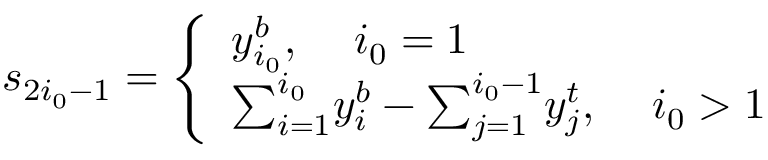
s _ { 2 i _ { 0 } - 1 } = \left\{ \begin{array} { l l } { y _ { i _ { 0 } } ^ { b } , \; \; \; \ i _ { 0 } = 1 } \\ { { \textstyle \sum _ { i = 1 } ^ { i _ { 0 } } } y _ { i } ^ { b } - { \textstyle \sum _ { j = 1 } ^ { i _ { 0 } - 1 } } y _ { j } ^ { t } , \; \; \; \ i _ { 0 } > 1 } \end{array} \right.